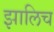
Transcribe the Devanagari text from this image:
झालिच